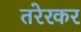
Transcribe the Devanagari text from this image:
तरेरकर